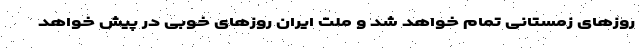
روزهای زمستانی تمام خواهد شد و ملت ایران روزهای خوبی در پیش خواهد